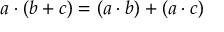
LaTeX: a \cdot ( b + c ) = ( a \cdot b ) + ( a \cdot c )